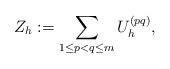
LaTeX: \begin{align*} Z_h := \sum_{1 \leq p < q \leq m} U^{(pq)}_h,\end{align*}